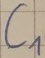
Text: C1